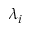
\lambda _ { i }